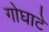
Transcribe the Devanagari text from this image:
गोघाटे